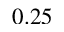
0 . 2 5